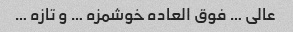
عالی … فوق العاده خوشمزه … و تازه …